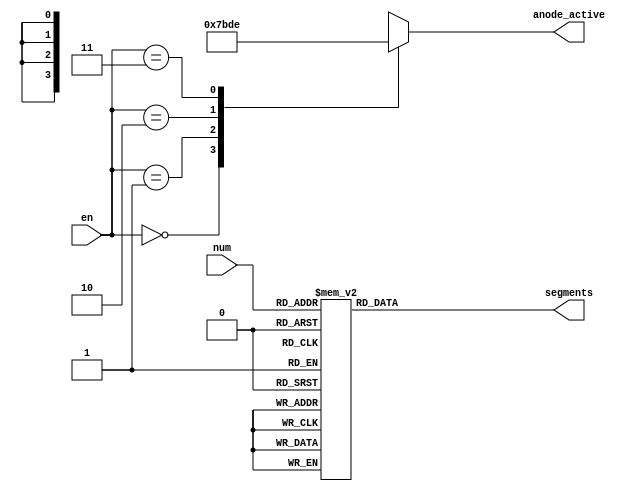
`timescale 1ns / 1ps


module sevenseg(
 input [1:0] en, input [3:0] num, output reg [6:0] segments, output reg [3:0] anode_active);

always @ (*) begin



case(en)

0 : anode_active=4'b0111;
1 : anode_active=4'b1011;
2 : anode_active=4'b1101;
3 : anode_active=4'b1110;
endcase


 case(num)
 
 0: segments = 7'b0000001;
 1: segments = 7'b1001111;
 2: segments = 7'b0010010;
 3: segments = 7'b0000110;
 4: segments = 7'b1001100;
 5: segments = 7'b0100100;
 6: segments = 7'b0100000;
 7: segments = 7'b0001111;
 8: segments = 7'b0000000;
 9: segments = 7'b0000100;
 10: segments = 7'b0001000;
 11: segments = 7'b1100000;
 12: segments = 7'b0110001;
 13: segments = 7'b1000010;
 14: segments = 7'b0110000; // divide by zero error
 15: segments = 7'b1111110; // negative sign
endcase
end

endmodule